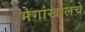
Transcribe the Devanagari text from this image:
भेगांखालचे